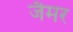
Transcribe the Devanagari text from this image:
जैमर